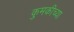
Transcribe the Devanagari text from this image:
कुमकीच्या